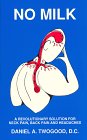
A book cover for No Milk: A Revolutionary Solution to Back Pain & Headaches; Daniel A. Twogood; Health, Fitness & Dieting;